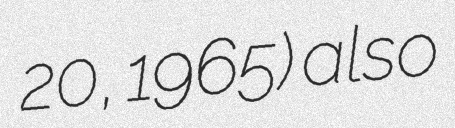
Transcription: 20, 1965) also